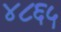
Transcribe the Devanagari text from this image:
४८६५